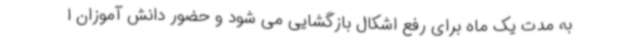
به مدت یک ماه برای رفع اشکال بازگشایی می شود و حضور دانش آموزان ا